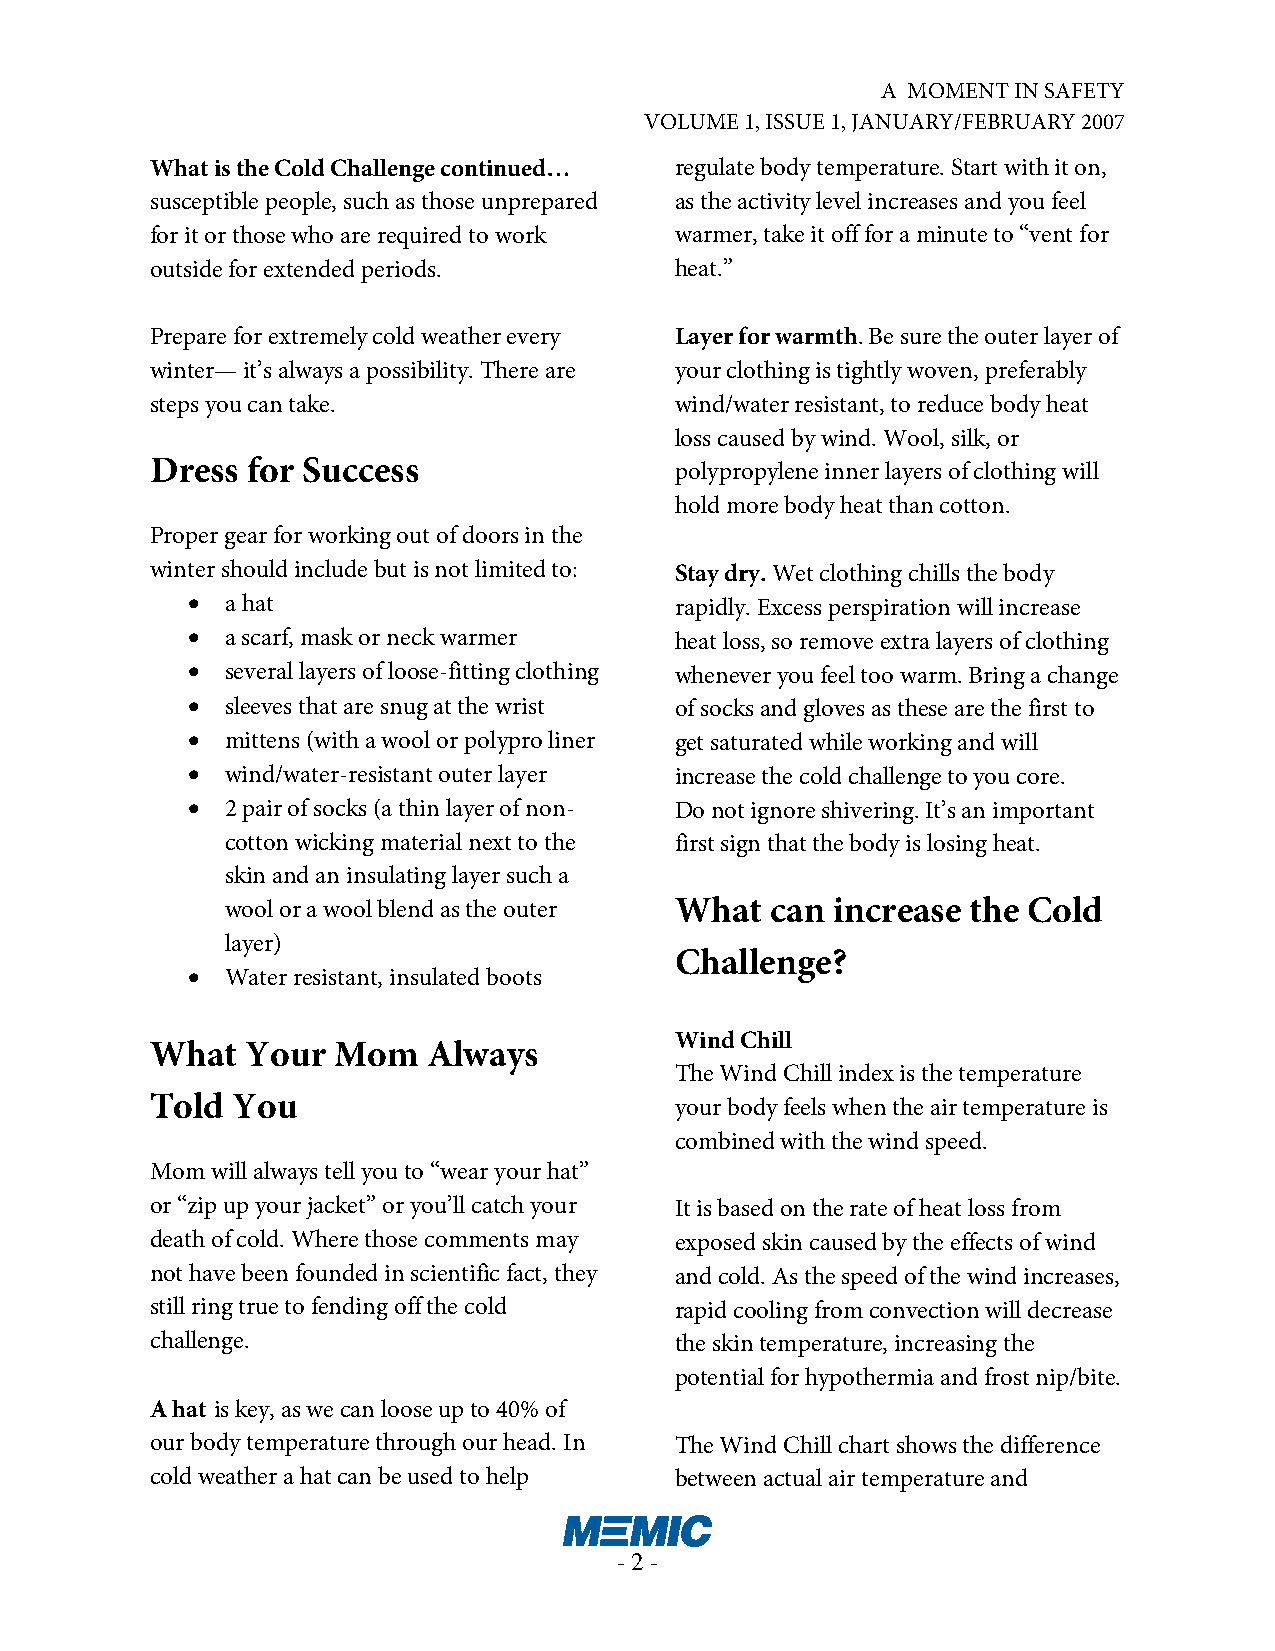
A MOMENT IN SAFETY
 VOLUME 1, ISSUE 1, JANUARY/FEBRUARY 2007
 What is the Cold Challenge continued… regulate body temperature. Start with it on,
 susceptible people, such as those unprepared as the activity level increases and you feel
 for it or those who are required to work warmer, take it off for a minute to “vent for
 outside for extended periods.      heat.”
 Prepare for extremely cold weather every Layer for warmth. Be sure the outer layer of
 winter— it’s always a possibility. There are your clothing is tightly woven, preferably
 steps you can take.                wind/water resistant, to reduce body heat
 loss caused by wind. Wool, silk, or
 Dress for Success
 polypropylene inner layers of clothing will
 hold more body heat than cotton.
 Proper gear for working out of doors in the
 winter should include but is not limited to: Stay dry. Wet clothing chills the body
 •  a hat                         rapidly. Excess perspiration will increase
 •  a scarf, mask or neck warmer  heat loss, so remove extra layers of clothing
 •  several layers of loose-fitting clothing whenever you feel too warm. Bring a change
 •  sleeves that are snug at the wrist of socks and gloves as these are the first to
 •  mittens (with a wool or polypro liner get saturated while working and will
 •  wind/water-resistant outer layer increase the cold challenge to you core.
 •  2 pair of socks (a thin layer of non- Do not ignore shivering. It’s an important
 cotton wicking material next to the first sign that the body is losing heat.
 skin and an insulating layer such a
 wool or a wool blend as the outer What can increase the Cold
 layer)
 Challenge?
 •  Water resistant, insulated boots
 Wind Chill
 What  Your  Mom   Always
 The Wind Chill index is the temperature
 Told You
 your body feels when the air temperature is
 combined with the wind speed.
 Mom will always tell you to “wear your hat”
 or “zip up your jacket” or you’ll catch your It is based on the rate of heat loss from
 death of cold. Where those comments may exposed skin caused by the effects of wind
 not have been founded in scientific fact, they and cold. As the speed of the wind increases,
 still ring true to fending off the cold rapid cooling from convection will decrease
 challenge.                         the skin temperature, increasing the
 potential for hypothermia and frost nip/bite.
 A hat is key, as we can loose up to 40% of
 our body temperature through our head. In The Wind Chill chart shows the difference
 cold weather a hat can be used to help between actual air temperature and
 - 2 -